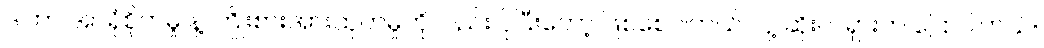
ဒါဟာ အာရုံစိုက်မှု နဲ့ ကြိုးစားအားထုတ်မှုကိုလည်း ပိုပြီးတော့ ဖြစ်စေပါတယ် လို့ ဆိုးလ်ရှားက ပြောပါတယ်။